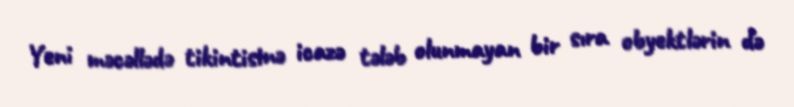
Yeni məcəllədə tikintisinə icazə tələb olunmayan bir sıra obyektlərin də